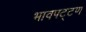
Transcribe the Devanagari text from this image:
भावपट्टण